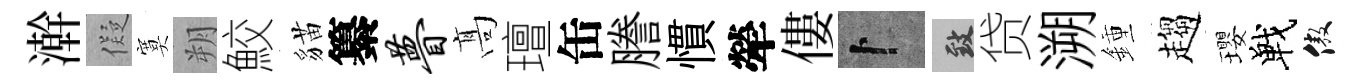
澣儗寞朔鮫貓纂瞢髙璮缶謄慣犖僂卜致贷溯鍾趨瓔戰傲